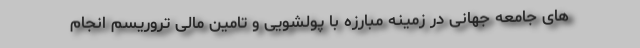
های جامعه جهانی در زمینه مبارزه با پولشویی و تامین مالی تروریسم انجام